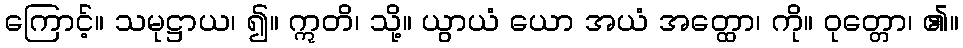
ကြောင့်။ သမုဋ္ဌာယ၊ ၍။ ဣတိ၊ သို့။ ယွာယံ ယော အယံ အတ္ထော၊ ကို။ ဝုတ္တော၊ ၏။